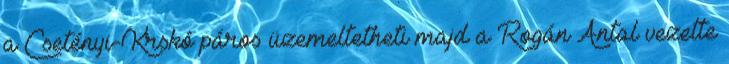
a Csetényi-Krskó páros üzemeltetheti majd a Rogán Antal vezette